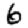
Digit: 6